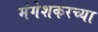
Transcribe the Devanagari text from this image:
मंगेशकरच्या